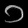
Digit: ၁